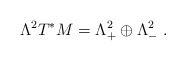
\begin{align*} \Lambda^2T^*M=\Lambda^2_+\oplus\Lambda^2_-\ .\end{align*}